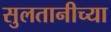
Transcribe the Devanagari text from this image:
सुलतानीच्या